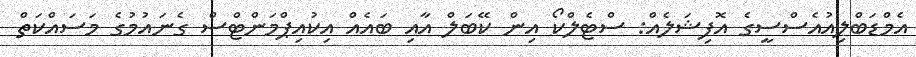
އެމްޑަބްލިއުއެސްސީގެ އޮފިޝަލެއް: ސްޓެލްކޯ އިން ކޭބަލް އާއި ބައެއް އިކުއިޕްމަންޓްސް ގެނައުމުގެ މަސައްކަތް